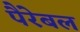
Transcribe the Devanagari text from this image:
पैरेबल